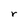
Character: r